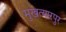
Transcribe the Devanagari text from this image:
मुखत्यारपुर